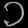
Digit: ၁